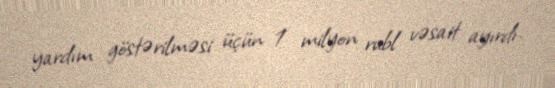
yardım göstərilməsi üçün 1 milyon rubl vəsait ayırdı.